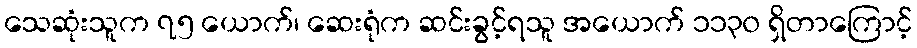
သေဆုံးသူက ၇၅ ယောက်၊ ဆေးရုံက ဆင်းခွင့်ရသူ အယောက် ၁၁၃၀ ရှိတာကြောင့်